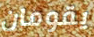
يقومان